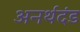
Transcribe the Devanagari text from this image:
अनर्थदंड